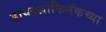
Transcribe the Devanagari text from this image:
डायक्लोफिनॅकच्या